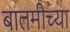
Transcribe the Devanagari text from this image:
बातमीच्या